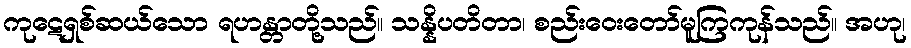
ကုဋေရှစ်ဆယ်သော ရဟန္တာတို့သည်။ သန္နိပတိတာ၊ စည်းဝေးတော်မူကြကုန်သည်။ အဟု၊